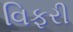
વિફરી